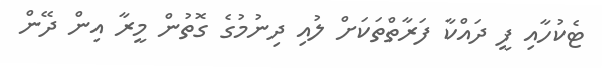
ޓެކުހާއި ފީ ދައްކާ ފަރާތްތަކަށް ލުއި ދިނުމުގެ ގޮތުން މީރާ އިން ދޭން